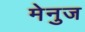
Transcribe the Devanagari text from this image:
मेनुज